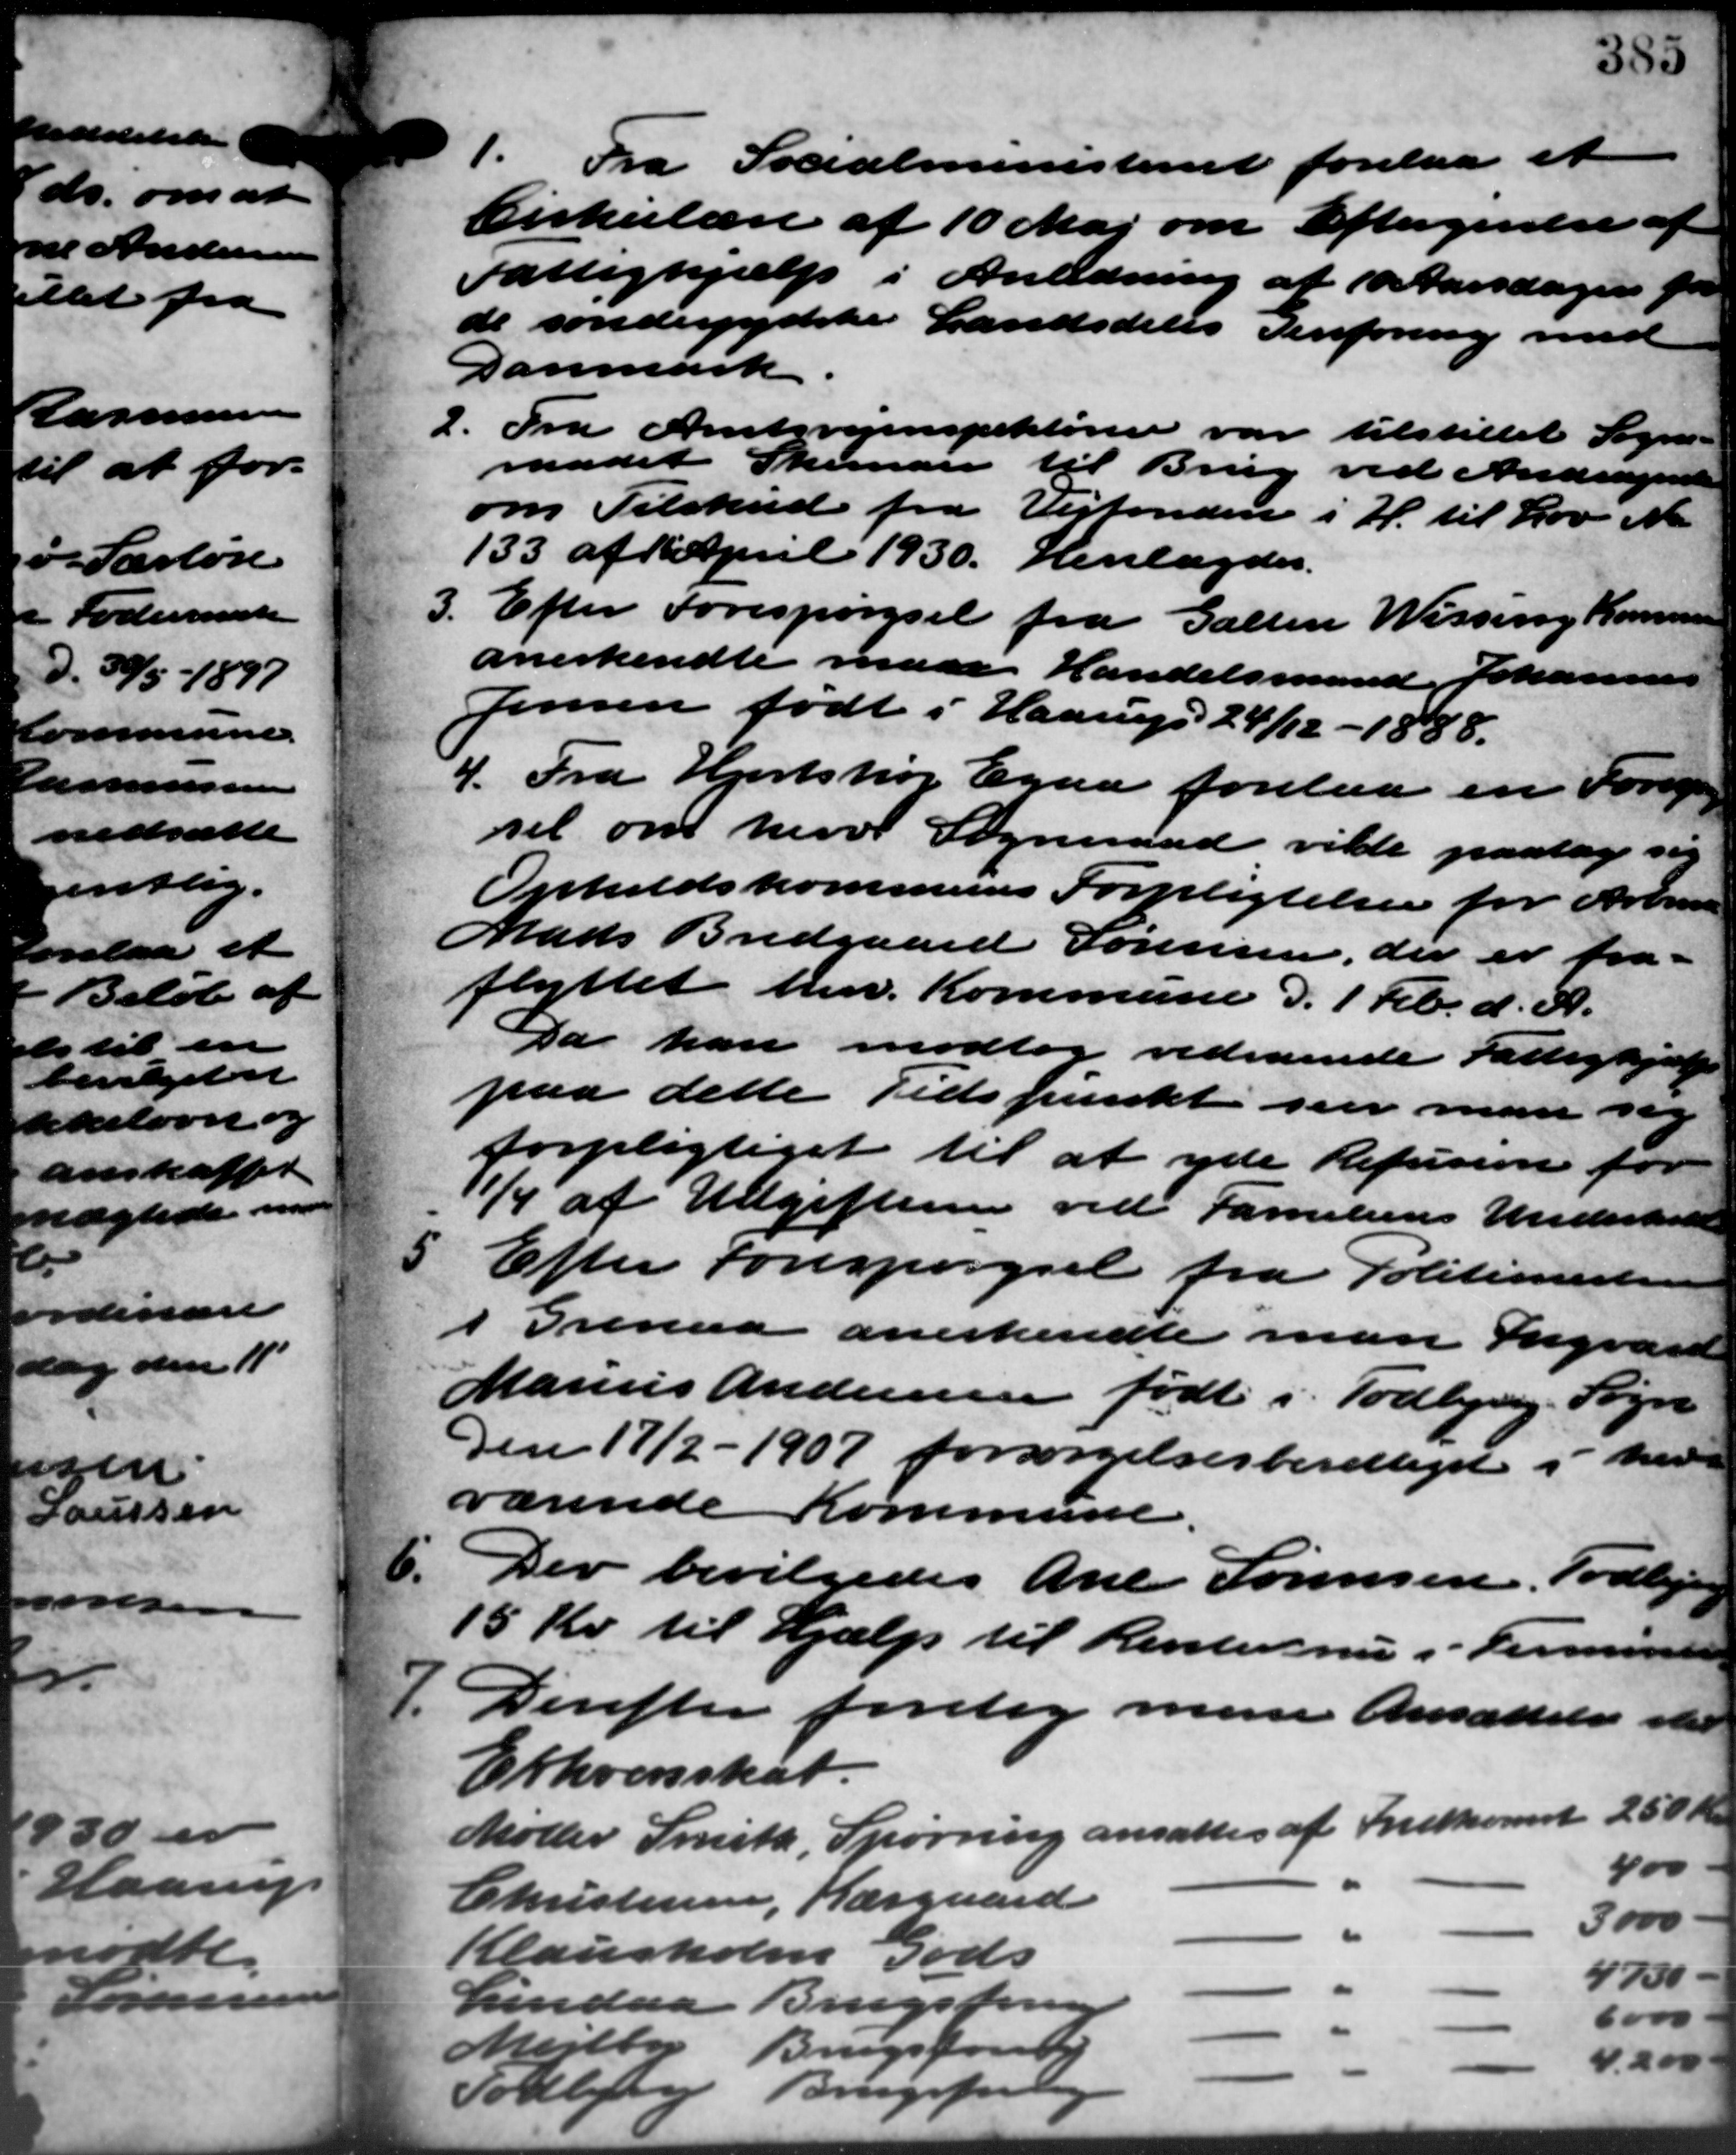
Transskription:
1. Fra Socialministeriet forelaa et
1. Fra Socialministeriet forelaa et
Cirkulære af 10 Maj om Eftergivelse af
Fattighjælp i Anledning af 10 Aarsdagen for
de sønderjydske Landsdeles Genforening med
Danmark
2. Fra Amtsvejinspektøren var tilstillet Sogne-
2. Fra Amtsvejinspektøren var tilstillet Sogne-
raadet Skemaer til Brug ved Andragende
om Tilskud fra Vejfonden i H. til Lov No.
133 af 1 April 1930. Henlagdes.
3. Efter Forespørgsel fra Galten Wissing Kommune
3. Efter Forespørgsel fra Galten Wissing Kommune
anerkendte man Handelsmand Johannesen
Jensen født i Haarup 24/12 – 1888.
4. Fra Hjortshøj Egaa forelaa en Forening
4. Fra Hjortshøj Egaa forelaa en Forening
sel om herv Sogneraad vilde paatage sig
Opholdskommunes Forpligtelser for Arbmd
Mads Bredgaard Sørensen, der er fra-
flyttet herv. Kommune d. 1 Feb. d. A.
Da kan modtog vedrående Fattighjælp
paa dette Tidspunkt sin man sig
forpligtiget til at yde Refusion for
1¾ af Udgiften ved Familiens Underhold
5 Efter forespørgsel fra Politimesterien
5 Efter forespørgsel fra Politimesterien
i Grenaa anerkendte man Ingvard
Marius Andersen født i Todbjerg. Sogn
Den 17/2 – 1907 forsørgelsesberettiget i Mars
værende Kommune.
6.
Der bevilgedes Ane Sørensen, Todbjerg
15 Kr. til Hjælp til Renterne i Firminde
7. Derefter foretog mene Ansættelse stil
7. Derefter foretog mene Ansættelse stil
Erhvervsskat.
Møller Smith, Spørring ansattes af Indkomst 250 Kr.
400
Christensen, Kærgaard
3.000.
Klausholm Gods
4750
Lindaa Brugstensen
Mejlby
Brugsforet
4.200
Fodbye
Brugsfor